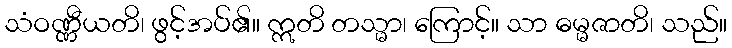
သံဝဏ္ဏီယတိ၊ ဖွင့်အပ်၏။ ဣတိ တသ္မာ၊ ကြောင့်။ သာ ဓမ္မဇာတိ၊ သည်။